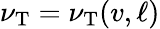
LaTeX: \nu_{\mathrm{{T}}}=\nu_{\mathrm{{T}}}(v,\ell)